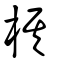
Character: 櫀